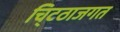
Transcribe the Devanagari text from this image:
चि्टठाजगत